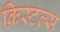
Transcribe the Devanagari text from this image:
क्रिस्टल्स